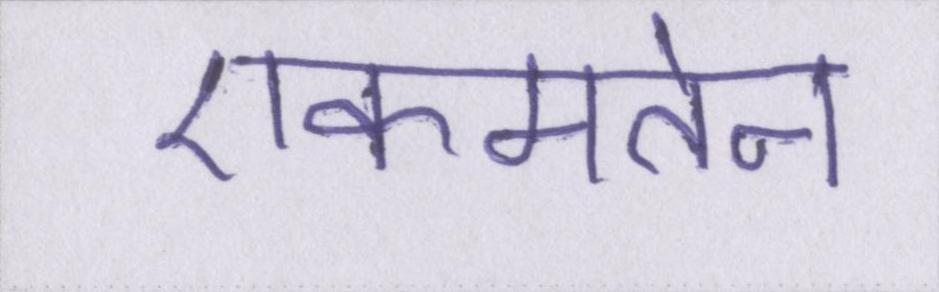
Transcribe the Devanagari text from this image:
एकमतेन